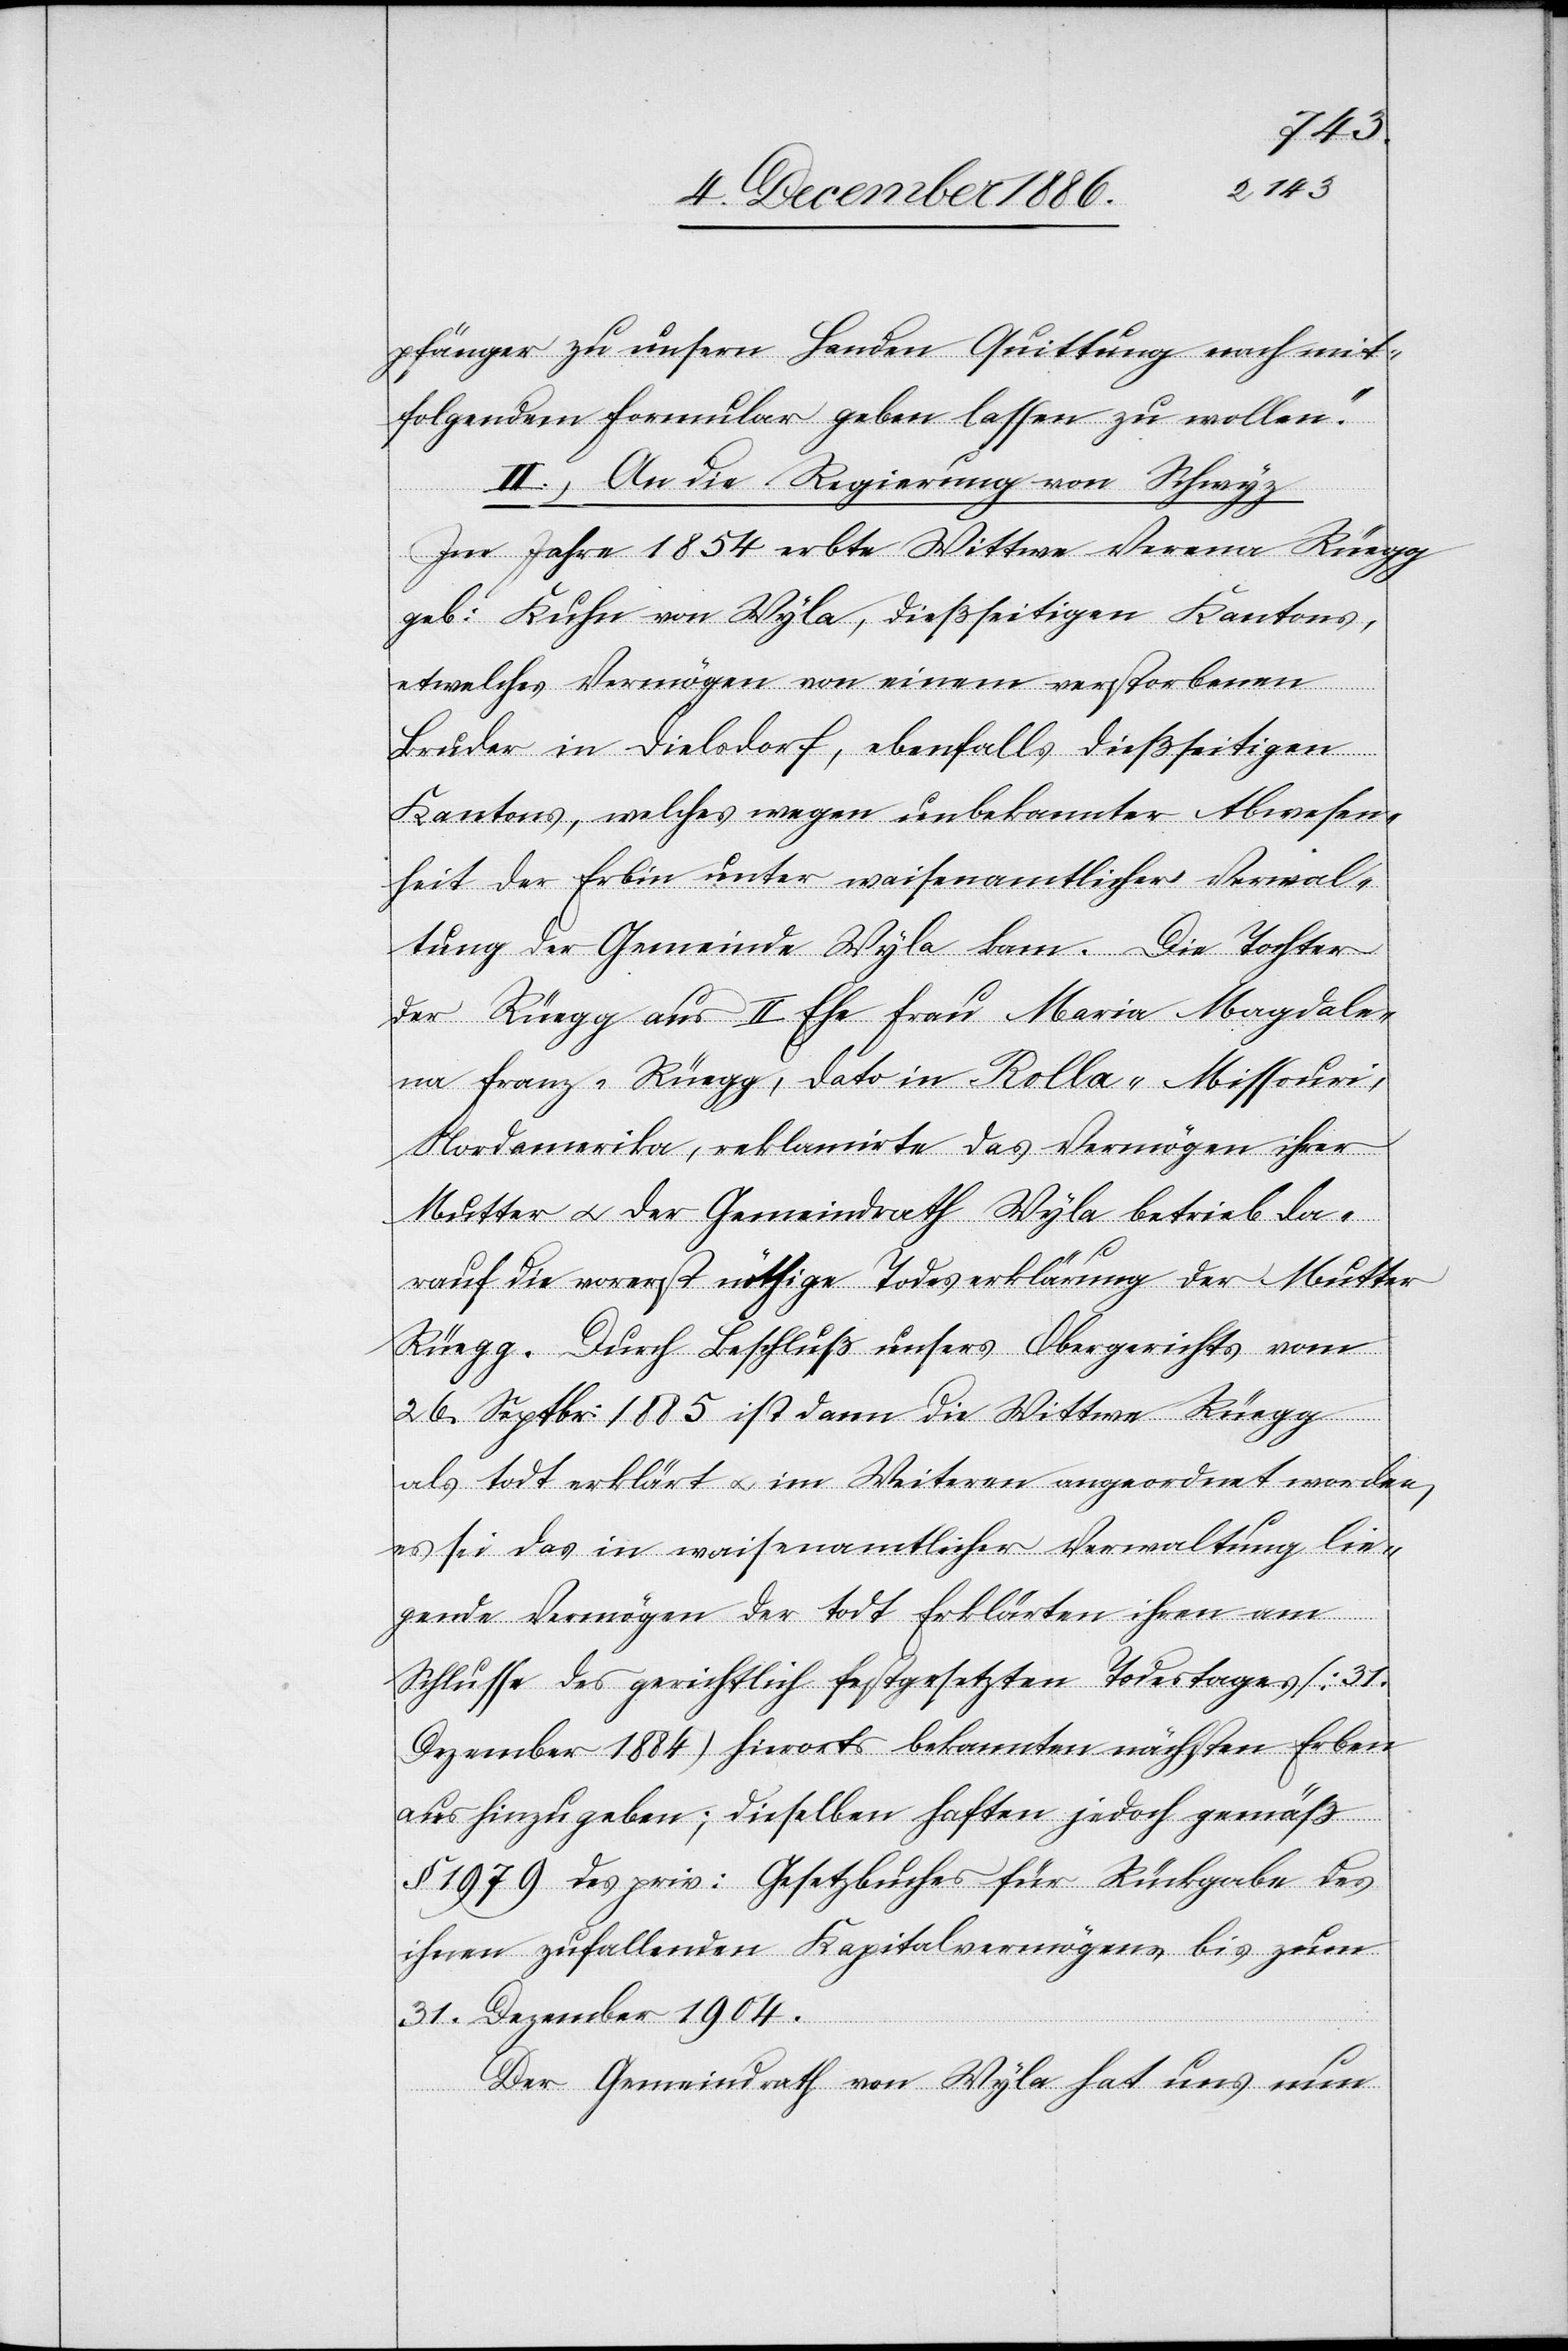
pfänger zu unsern Handen Quittung nach mit¬
folgendem Formular geben lassen zu wollen.“
II. An die Regierung von Schwyz
Im Jahre 1854 erbte Wittwe Verena Rüegg
geb. Kuhn von Wyla, dießseitigen Kantons,
etwelches Vermögen von einem verstorbenen
Bruder in Dielsdorf, ebenfalls dießseitigen
Kantons, welches wegen unbekannter Abwesen¬
heit der Erbin unter waisenamtlicher Verwal¬
tung der Gemeinde Wyla Bam [recte: kam]. Die Tochter
der Rüegg aus II. Ehe Frau Maria Magdale¬
na Franz-Rüegg, dato in Rolla - Missouri,
Nordamerika, reklamirte das Vermögen ihrer
Mutter & der Gemeindrath Wyla betrieb da¬
rauf die vorerst nöthige Todeserklärung der Mutter
Rüegg. Durch Beschluß unsers Obergerichts vom
26. Septbr. 1885 ist dann die Wittwe Rüegg
als todt erklärt & im Weiteren angeordnet worden,
es sei das in waisenamtlicher Verwaltung lie¬
gende Vermögen der todt Erklärten ihren am
Schlusse des gerichtlich festgesetzten Todestages (31.
Dezember 1884) hierorts bekannten nächsten Erben
aushinzugeben; dieselben haften jedoch gemäß
§ 1979 des priv. Gesetzbuches für Rückgabe des
ihnen zufallenden Kapitalvermögens bis zum
31. Dezember 1904.
Der Gemeindrath von Wyla hat uns nun